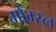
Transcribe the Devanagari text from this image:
मोग्स्ल